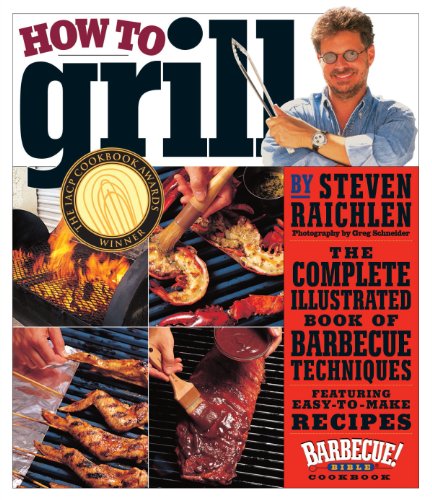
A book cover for How to Grill: The Complete Illustrated Book of Barbecue Techniques, A Barbecue Bible! Cookbook; Steven Raichlen; Cookbooks, Food & Wine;